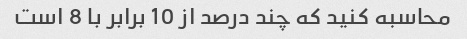
محاسبه کنید که چند درصد از 10 برابر با 8 است